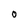
Character: 0